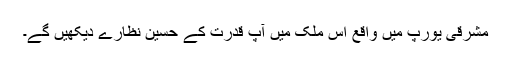
مشرقی یورپ میں واقع اس ملک میں آپ قدرت کے حسین نظارے دیکھیں گے۔